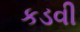
કડવી